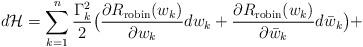
LaTeX: \begin{align*}d\mathcal{H}=\sum_{k=1}^n\frac{\Gamma_k^2}{2} \big(\frac{\partial R_{\rm robin}(w_k)}{\partial w_k}dw_k+\frac{\partial R_{\rm robin}(w_k)}{\partial \bar{w}_k}d\bar{w}_k\big)+\end{align*}